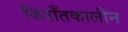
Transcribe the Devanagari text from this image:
किराँतकालीन